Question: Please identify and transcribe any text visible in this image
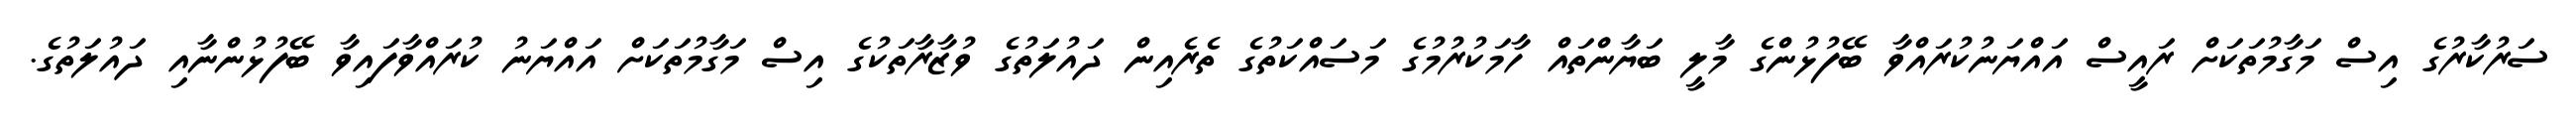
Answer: ސަރުކާރުގެ އިސް މަގާމުތަކަށް ރައީސް އައްޔަނުކުރައްވާ ބޭފުޅުންގެ މާލީ ބަޔާންތައް ހާމަކުރުމުގެ މަސައްކަތުގެ ތެރެއިން ދައުލަތުގެ ވުޒާރާތަކުގެ އިސް މަގާމުތަކަށް އައްޔަނު ކުރައްވާފައިވާ ބޭފުޅުންނާއި ދައުލަތުގެ.